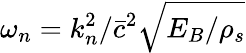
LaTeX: \omega_{n}=k_{n}^{2}/\bar{c}^{2}\sqrt{E_{B}/\rho_{s}}